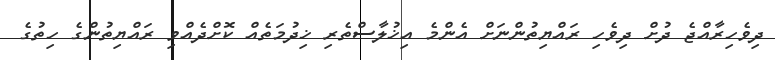
ދިވެހިރާއްޖެ ދުށް ދިވެހި ރައްޔިތުންނަށް އެންމެ އިޚުލާސްތެރި ޚިދުމަތެއް ކޮށްދެއްވި ރައްޔިތުންގެ ހިތުގެ